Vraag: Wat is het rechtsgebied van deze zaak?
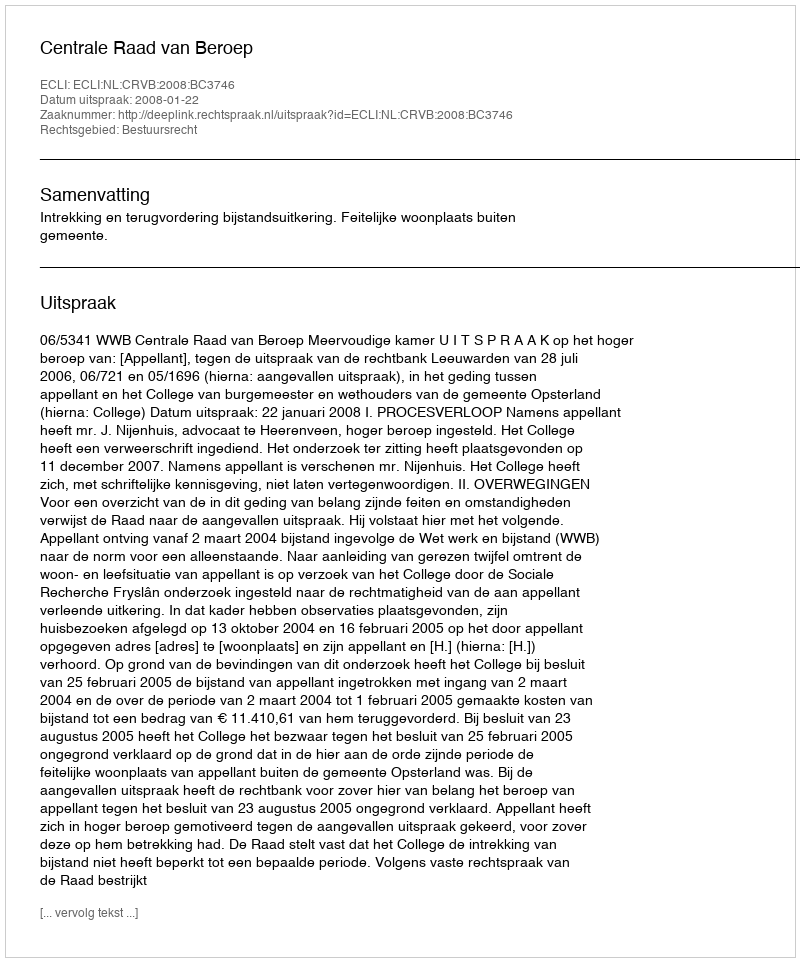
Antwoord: Bestuursrecht